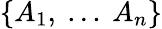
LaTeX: \{ A_{1},~...~A_{n}\}